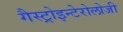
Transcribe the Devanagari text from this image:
गैस्ट्रोइन्टेरोलोजी